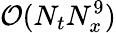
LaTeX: \mathcal{O}(N_{t}N_{x}^{9})